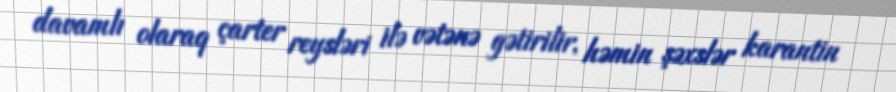
davamlı olaraq çarter reysləri ilə vətənə gətirilir, həmin şəxslər karantin